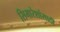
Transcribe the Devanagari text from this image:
सिमारेशांसाठी